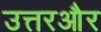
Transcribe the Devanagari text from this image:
उत्तरऔर